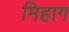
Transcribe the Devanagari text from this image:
मिहाग